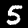
Digit: 5